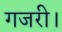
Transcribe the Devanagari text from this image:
गजरी।